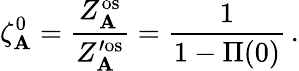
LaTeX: \zeta_{\mathbf{A}}^{0}=\frac{{Z_{\mathbf{A}}^{\mathrm{{os}}}}}{{Z_{\mathbf{A}}^{\prime\mathrm{{os}}}}}=\frac{{1}}{{1-\Pi(0)}}\, .